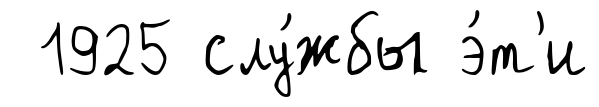
1925 слу́жбы э́т'и